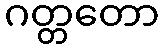
ဂတ္တတော